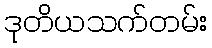
ဒုတိယသက်တမ်း